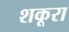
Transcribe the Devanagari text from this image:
शकूरा